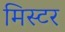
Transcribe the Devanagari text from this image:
मिस्‍टर